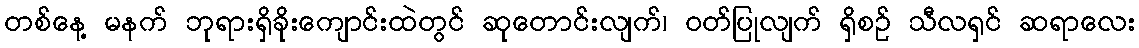
တစ်နေ့ မနက် ဘုရားရှိခိုးကျောင်းထဲတွင် ဆုတောင်းလျက်၊ ဝတ်ပြုလျက် ရှိစဉ် သီလရှင် ဆရာလေး